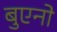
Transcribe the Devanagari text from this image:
बुएनो